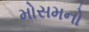
મોસમનો